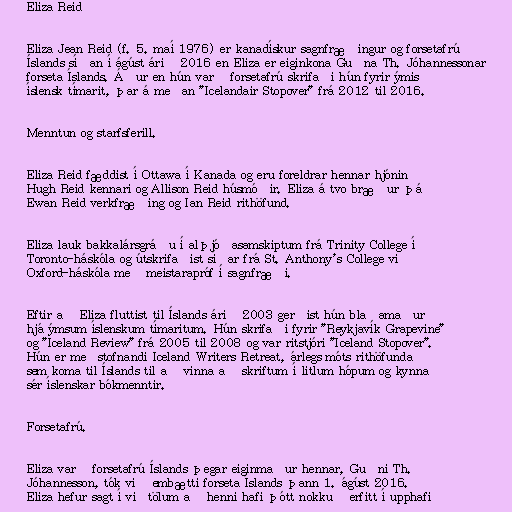
Eliza Reid

Eliza Jean Reid (f. 5. maí 1976) er kanadískur sagnfræðingur og forsetafrú
Íslands síðan í ágúst árið 2016 en Eliza er eiginkona Guðna Th. Jóhannessonar
forseta Íslands. Áður en hún varð forsetafrú skrifaði hún fyrir ýmis
íslensk tímarit, þar á meðan "Icelandair Stopover" frá 2012 til 2016.

Menntun og starfsferill.

Eliza Reid fæddist í Ottawa í Kanada og eru foreldrar hennar hjónin
Hugh Reid kennari og Allison Reid húsmóðir. Eliza á tvo bræður þá
Ewan Reid verkfræðing og Ian Reid rithöfund.

Eliza lauk bakkalársgráðu í alþjóðasamskiptum frá Trinity College í
Toronto-háskóla og útskrifaðist síðar frá St. Anthony's College við
Oxford-háskóla með meistarapróf í sagnfræði.

Eftir að Eliza fluttist til Íslands árið 2003 gerðist hún blaðamaður
hjá ýmsum íslenskum tímaritum. Hún skrifaði fyrir "Reykjavík Grapevine"
og "Iceland Review" frá 2005 til 2008 og var ritstjóri "Iceland Stopover".
Hún er meðstofnandi Iceland Writers Retreat, árlegs móts rithöfunda
sem koma til Íslands til að vinna að skriftum í litlum hópum og kynna
sér íslenskar bókmenntir.

Forsetafrú.

Eliza varð forsetafrú Íslands þegar eiginmaður hennar, Guðni Th.
Jóhannesson, tók við embætti forseta Íslands þann 1. ágúst 2016.
Eliza hefur sagt í viðtölum að henni hafi þótt nokkuð erfitt í upphafi